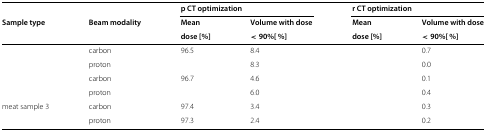
<table><thead><tr><td>[EMPTY_CELL]</td><td>[EMPTY_CELL]</td><td colspan="2"><b>p CT optimization</b></td><td colspan="2"><b>r CT optimization</b></td></tr><tr><td><b>Sample type</b></td><td><b>Beam modality</b></td><td><b>Mean</b></td><td><b>Volume with dose</b></td><td><b>Mean</b></td><td><b>Volume with dose</b></td></tr><tr><td>[EMPTY_CELL]</td><td>[EMPTY_CELL]</td><td><b>dose [%]</b></td><td><b>&lt;90 <i>% </i>[ <i>% </i>]</b></td><td><b>dose [%]</b></td><td><b>&lt;90 <i>% </i>[ <i>% </i>]</b></td></tr></thead><tbody><tr><td>[EMPTY_CELL]</td><td>carbon</td><td>96.5</td><td>8.4</td><td>[EMPTY_CELL]</td><td>0.7</td></tr><tr><td>[EMPTY_CELL]</td><td>proton</td><td>[EMPTY_CELL]</td><td>8.3</td><td>[EMPTY_CELL]</td><td>0.0</td></tr><tr><td>[EMPTY_CELL]</td><td>carbon</td><td>96.7</td><td>4.6</td><td>[EMPTY_CELL]</td><td>0.1</td></tr><tr><td>[EMPTY_CELL]</td><td>proton</td><td>[EMPTY_CELL]</td><td>6.0</td><td>[EMPTY_CELL]</td><td>0.4</td></tr><tr><td>meat sample 3</td><td>carbon</td><td>97.4</td><td>3.4</td><td>[EMPTY_CELL]</td><td>0.3</td></tr><tr><td>[EMPTY_CELL]</td><td>proton</td><td>97.3</td><td>2.4</td><td>[EMPTY_CELL]</td><td>0.2</td></tr></tbody></table>